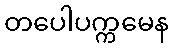
တပေါပက္ကမေန